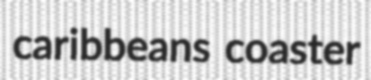
caribbeans coaster